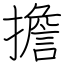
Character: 擔